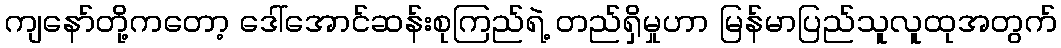
ကျနော်တို့ကတော့ ဒေါ်အောင်ဆန်းစုကြည်ရဲ့ တည်ရှိမှုဟာ မြန်မာပြည်သူလူထုအတွက်